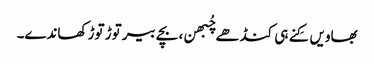
بھاویں کِنے ہی کنڈھے چُبھن، بچے بیر توڑ توڑ کھاندے۔